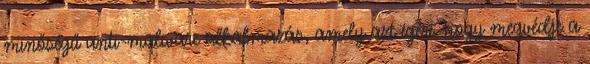
minőségű anti-malware alkalmazás, amely azt ígéri, hogy megvédje a